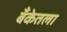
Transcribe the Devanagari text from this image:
बँकेतला